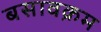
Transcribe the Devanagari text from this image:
बसावक्रम